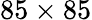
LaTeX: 85\times 85